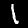
Digit: 1